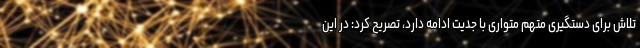
تلاش برای دستگیری متهم متواری با جدیت ادامه دارد، تصریح کرد: در این